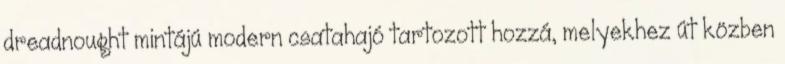
dreadnought mintájú modern csatahajó tartozott hozzá, melyekhez út közben